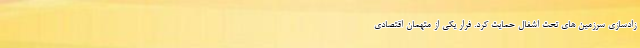
زادسازی سرزمین های تحت اشغال حمایت کرد. فرار یکی از متهمان اقتصادی